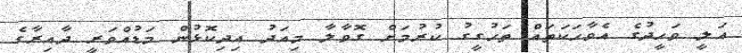
އަލީ ވަހީދުގެ އެވާހަކަތައް ތަހުގީގު ކުރުމަށް ގޮވާލާ މިއަދު އިދިކޮޅުން މަޑުއްވަރީ ދާއިރާގެ